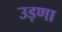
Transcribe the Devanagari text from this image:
उड़णा